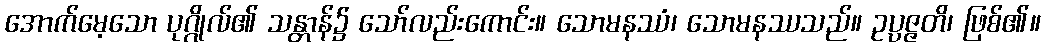
အောက်မေ့သော ပုဂ္ဂိုလ်၏ သန္တာန်၌ သော်လည်းကောင်း။ သောမနဿံ၊ သောမနဿသည်။ ဥပ္ပဇ္ဇတိ၊ ဖြစ်၏။